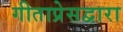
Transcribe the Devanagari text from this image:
गीताप्रेसद्वारा